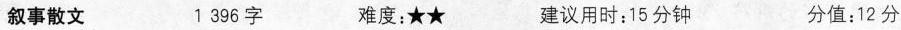
叙事散文 1395字 难度；★★ 建议用时；15分钟 分值；12分